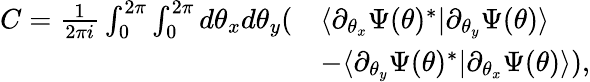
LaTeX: \begin{array}{rl}{C=\frac{1}{2\pi i}\int_{0}^{2\pi}\int_{0}^{2\pi}d\theta_{x}d\theta_{y}(}&{\langle\partial_{\theta_{x}}\Psi(\theta)^{*}|\partial_{\theta_{y}}\Psi(\theta)\rangle}\\ &{-\langle\partial_{\theta_{y}}\Psi(\theta)^{*}|\partial_{\theta_{x}}\Psi(\theta)\rangle),}\end{array}